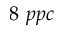
8 ~ p p c